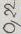
Text: 0,22